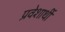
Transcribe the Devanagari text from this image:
प्रवेशार्थी